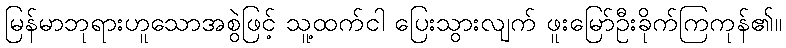
မြန်မာဘုရားဟူသောအစွဲဖြင့် သူ့ထက်ငါ ပြေးသွားလျက် ဖူးမြော်ဦးခိုက်ကြကုန်၏။